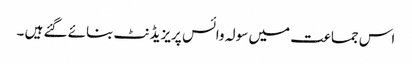
اس جماعت میں سولہ وائس پریزیڈنٹ بنائے گئے ہیں ۔